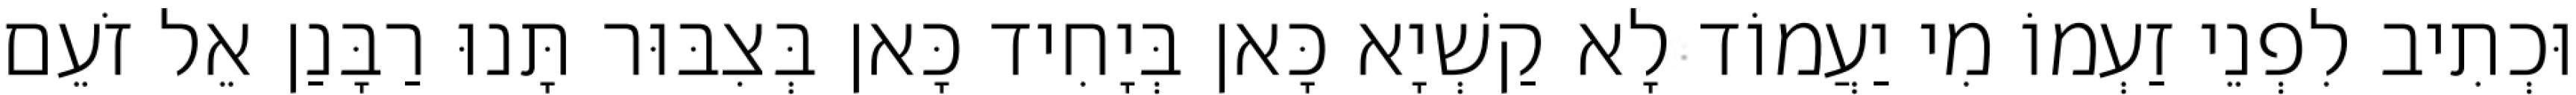
וּכְתִיב לִפְנֵי זַעְמוֹ מִי יַעֲמוֹד לָא קַשְׁיָא כָּאן בְּיָחִיד כָּאן בְּצִבּוּר תָּנוּ רַבָּנַן אֵל זֹעֵם